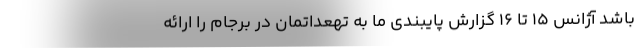
باشد آژانس ۱۵ تا ۱۶ گزارش پایبندی ما به تهعداتمان در برجام را ارائه